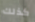
كذلك